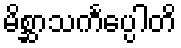
မိစ္ဆာသင်္ကပ္ပေါတိ